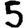
Digit: 5